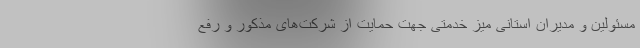
مسئولین و مدیران استانی میز خدمتی جهت حمایت از شرکت‌های مذکور و رفع